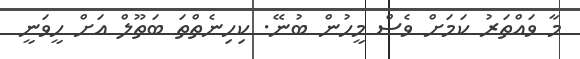
މާ ވައްތަރު ކަމަށް ވެސް މީހުން ބުނޭ. ކިހިނެތްތަ ބަތޫލް އަށް ހީވަނީ